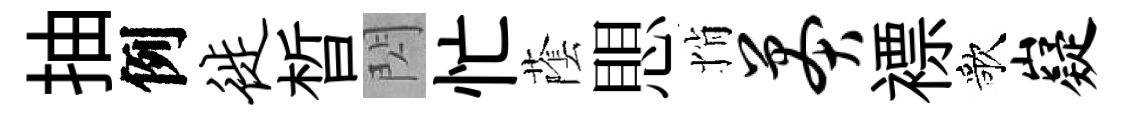
抽例徙晳閃忙䕃愳悄莽褾歌嶷